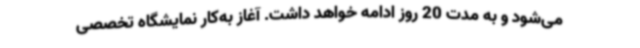
می‌شود و به مدت 20 روز ادامه خواهد داشت. آغاز به‌کار نمایشگاه تخصصی